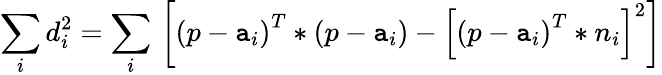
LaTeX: {\underset{i}{\mathop{\sum}}}\, d_{i}^{2}={\underset{i}{\mathop{\sum}}}\, \left[{{\left(p-{{\mathtt{a}}_{i}}\right)}^{T}}*\left(p-{{\mathtt{a}}_{i}}\right)-{{\left[{{\left(p-{{\mathtt{a}}_{i}}\right)}^{T}}*{{n}_{i}}\right]}^{2}}\right]